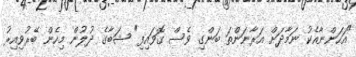
"އަހަންނާއެކު ނަމާދަށް އަރާނަންތަ ބަންގި ވެސް ގޮވައިފި" ޝަބާގެ ދުލުން މިހެން ބޭރުވިއިރު